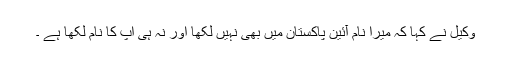
وکیل نے کہا کہ میرا نام آئین پاکستان میں بھی نہیں لکھا اور نہ ہی آپ کا نام لکھا ہے ۔